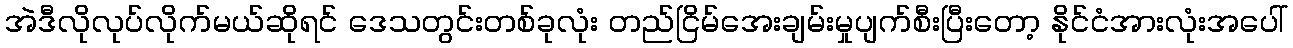
အဲဒီလိုလုပ်လိုက်မယ်ဆိုရင် ဒေသတွင်းတစ်ခုလုံး တည်ငြိမ်အေးချမ်းမှုပျက်စီးပြီးတော့ နိုင်ငံအားလုံးအပေါ်